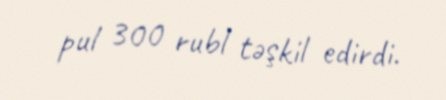
pul 300 rubl təşkil edirdi.